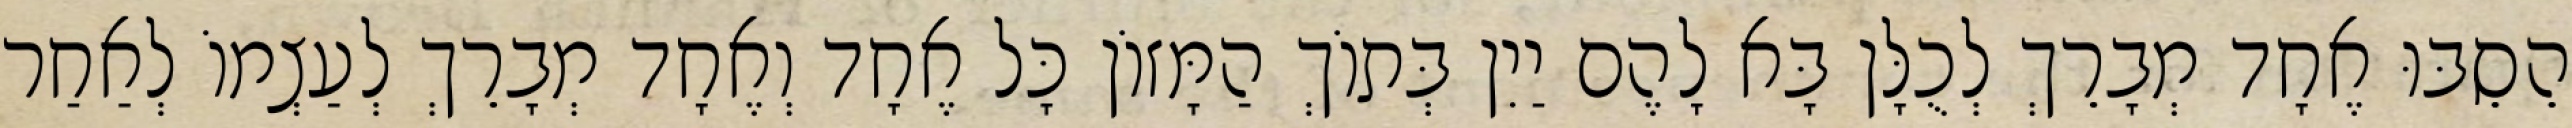
הֵסֵבּוּ אֶחָד מְבָרֵךְ לְכֻלָּן בָּא לָהֶם יַיִן בְּתוֹךְ הַמָּזוֹן כָּל אֶחָד וְאֶחָד מְבָרֵךְ לְעַצְמוֹ לְאַחַר